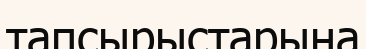
тапсырыстарына